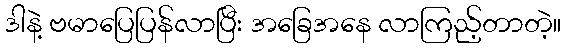
ဒါနဲ့ ဗမာပြေပြန်လာပြီး အခြေအနေ လာကြည့်တာတဲ့။